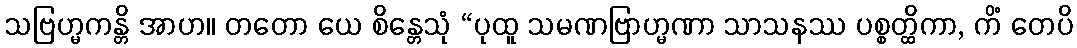
သဗြဟ္မကန္တိ အာဟ။ တတော ယေ စိန္တေသုံ “ပုထူ သမဏဗြာဟ္မဏာ သာသနဿ ပစ္စတ္ထိကာ, ကိံ တေပိ